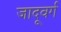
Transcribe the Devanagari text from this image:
जादूवर्ग